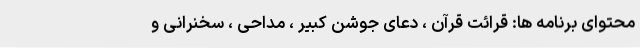
محتوای برنامه ها: قرائت قرآن ، دعای جوشن کبیر ، مداحی ، سخنرانی و